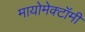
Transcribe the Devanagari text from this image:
मायोमेक्टॉमी